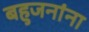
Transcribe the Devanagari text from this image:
बहुजनांना